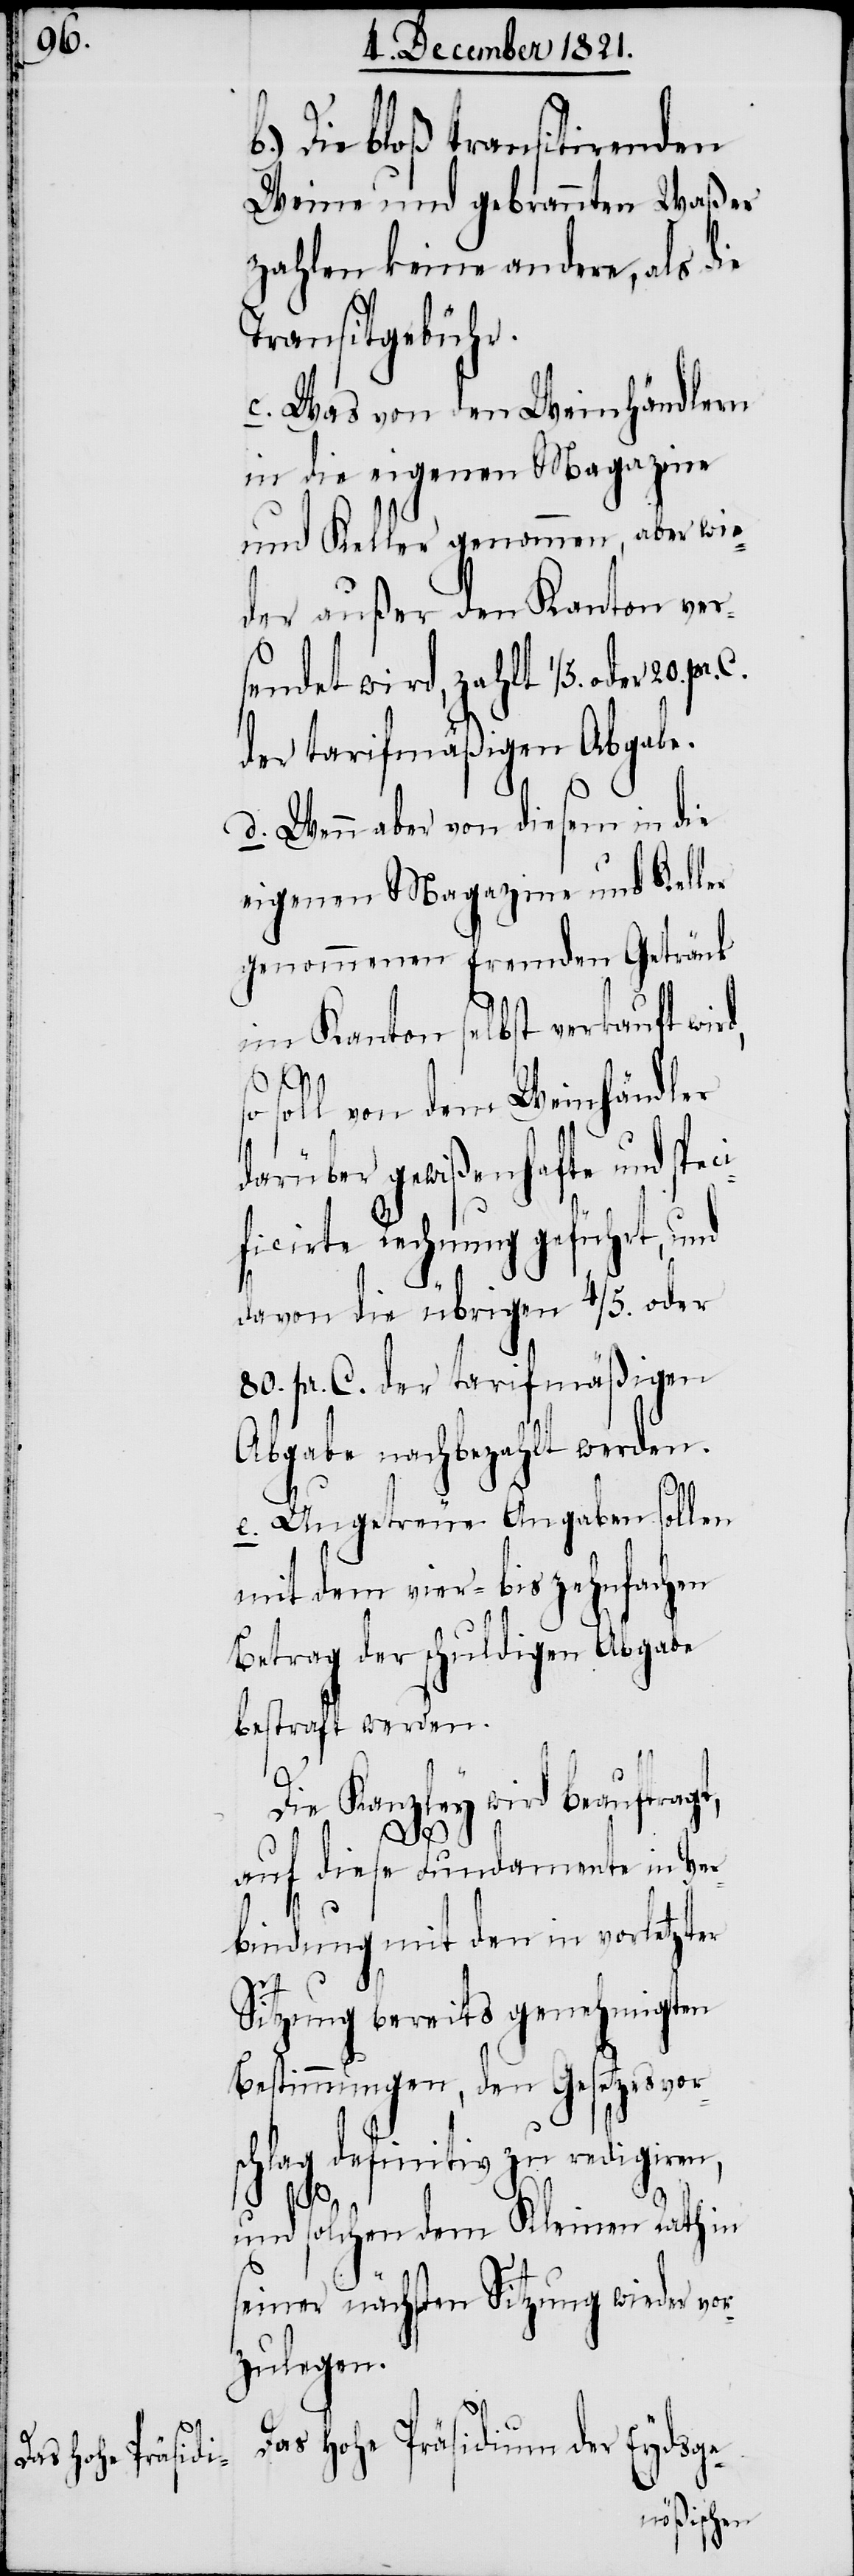
Die bloß transitirenden
Weine und gebrannten Waßer
zahlen keine andere, als die
Transitgebühr.
c. Was von den Weinhändlern
in die eigenen Magazine
und Keller genommen, aber wie¬
der außer den Kanton ver¬
sendet wird, zahlt 1/5. oder
der tarifmäßigen Abgabe.
d. Wenn aber von diesem in die
eigenen Magazine und Keller
genommenen fremden Getränk
im Kanton selbst verkauft wi¬
C.
o soll von dem Weinhändler
darüber gewißenhafte und spe¬
ficirte Rechnung geführt, und
davon die übrigen 4/5. oder
pr. C. der tarifmäßigen
Abgabe nachbezahlt werden.
e. Ungetreue Angaben sollen
mit dem vier- bis zehnfachen
Betrag der schuldigen Abgabe
bestraft werden.
Die Kanzley wird beauftragt,
ci¬
auf diese Fundamente in Ver¬
bindung mit den in vorletzter
Sitzung bereits genehmigten
Bestimmungen, den Gesetzesvor¬
schlag definitiv zu redigiren,
80.
und solchen dem Kleinen Rath in
seiner nächsten Sitzung wieder vor¬
zulegen.
Das Hohe Präsidium der Eydsge-